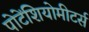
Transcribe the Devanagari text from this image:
पोटेंशियोमीटर्स